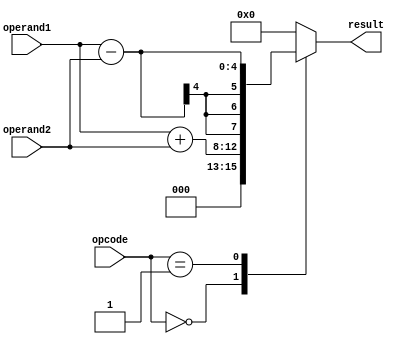
module Execute (
    input wire [3:0] opcode,
    input wire [3:0] operand1,
    input wire [3:0] operand2,
    output reg [7:0] result
);

always @(*) begin
    case(opcode)
        4'b0000: result = operand1 + operand2; 
        4'b0001: result = operand1 - operand2; 
        // Add more operations as needed
        default: result = 8'b0; 
    endcase
end

endmodule